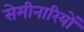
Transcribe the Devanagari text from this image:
सेमीनारियों